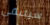
سيتبقى